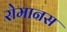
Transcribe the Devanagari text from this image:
रोमानस